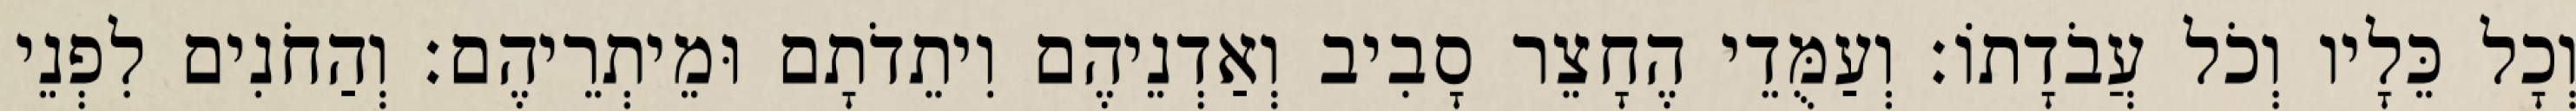
וְכָל כֵּלָיו וְכֹל עֲבֹדָתוֹ׃ וְעַמֻּדֵי הֶחָצֵר סָבִיב וְאַדְנֵיהֶם וִיתֵדֹתָם וּמֵיתְרֵיהֶם׃ וְהַחֹנִים לִפְנֵי